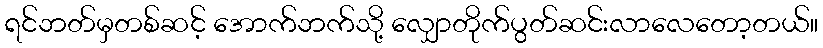
ရင်ဘတ်မှတစ်ဆင့် အောက်ဘက်သို့ လျှောတိုက်ပွတ်ဆင်းလာလေတော့တယ်။